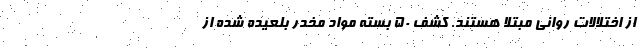
از اختلالات روانی مبتلا هستند. کشف 50 بسته مواد مخدر بلعیده شده از